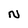
Character: N